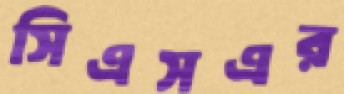
সিএসএর